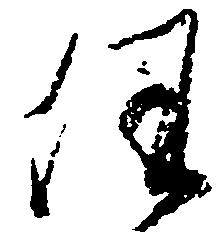
任